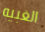
الغبيه